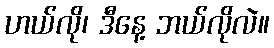
ဟယ်လို၊ ဒီနေ့ ဘယ်လိုလဲ။